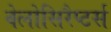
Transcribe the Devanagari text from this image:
वेलोसिरैप्टर्स